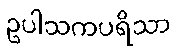
ဥပါသကပရိသာ